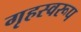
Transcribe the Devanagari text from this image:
गृहस्वरूप